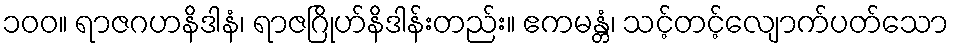
၁၀၀။ ရာဇဂဟနိဒါနံ၊ ရာဇဂြိုဟ်နိဒါန်းတည်း။ ဧကမန္တံ၊ သင့်တင့်လျောက်ပတ်သော